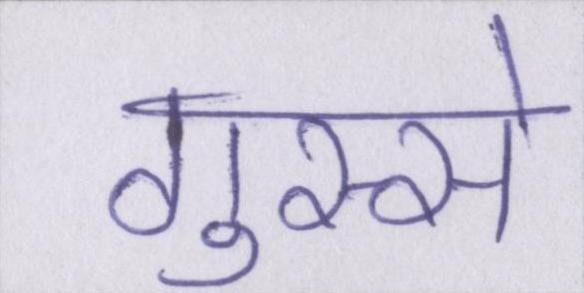
गुस्से